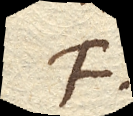
F.